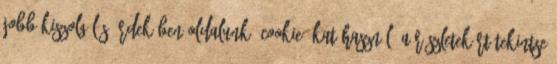
jobb kiszolgálás érdekében oldalunk "cookie"-kat használ. A részletekért tekintse